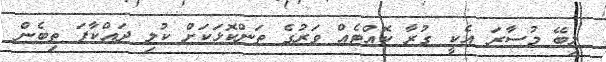
ލިބޭ މުސާރަ އެކީ ގުރާ ކޮއްޓެއް ވަރުގެ ތަންކޮޅަކަށް ކުލި ދައްކާފަ ތިބެން